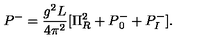
P ^ { - } = { \frac { g ^ { 2 } L } { 4 \pi ^ { 2 } } } [ \Pi _ { R } ^ { 2 } + P { _ 0 ^ { - } } + P _ { I } ^ { - } ] .